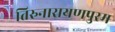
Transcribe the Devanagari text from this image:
तिरुनारायणपुरम